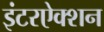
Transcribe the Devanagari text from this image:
इंटरऐक्शन